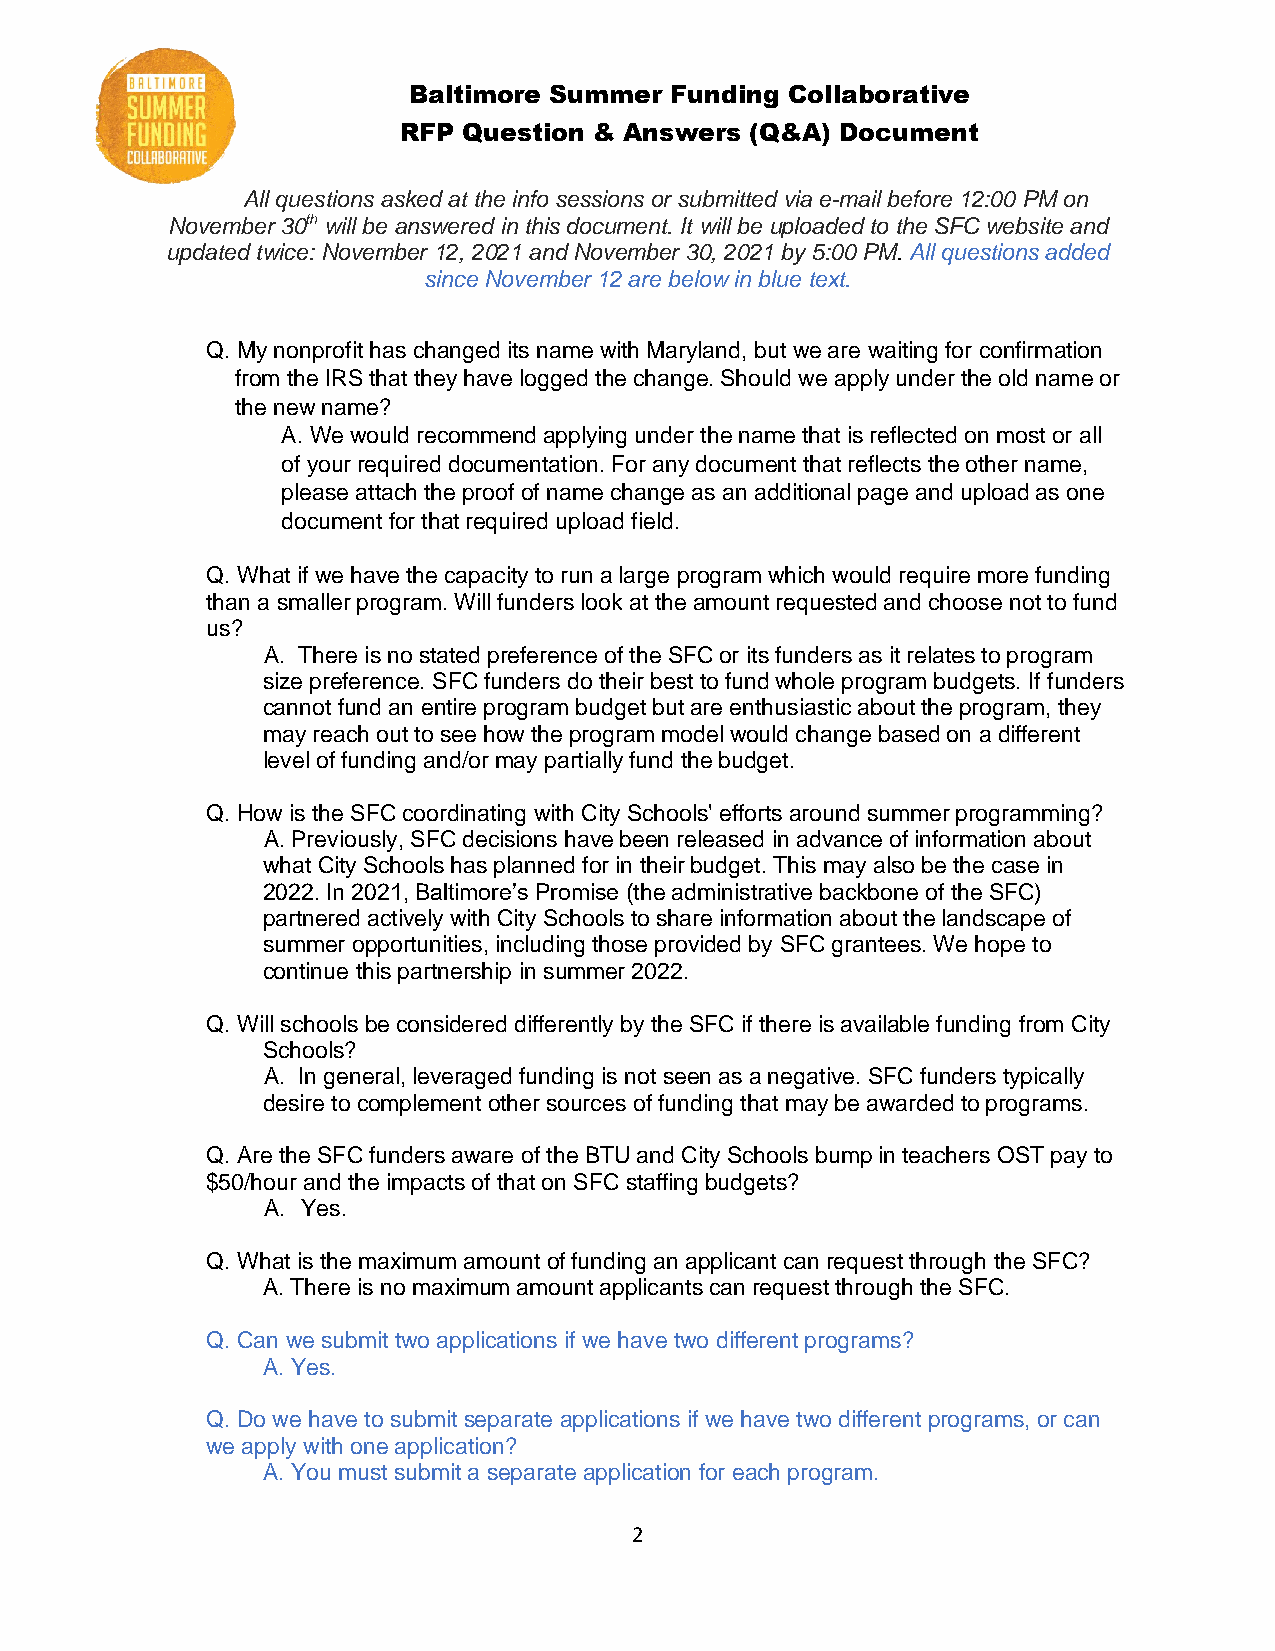
Baltimore Summer Funding Collaborative
 RFP  Question & Answers (Q&A) Document
 All questions asked at the info sessions or submitted via e-mail before 12:00 PM on
 November 30th will be answered in this document. It will be uploaded to the SFC website and
 updated twice: November 12, 2021 and November 30, 2021 by 5:00 PM. All questions added
 since November 12 are below in blue text.
 Q. My nonprofit has changed its name with Maryland, but we are waiting for confirmation
 from the IRS that they have logged the change. Should we apply under the old name or
 the new name?
 A. We would recommend applying under the name that is reflected on most or all
 of your required documentation. For any document that reflects the other name,
 please attach the proof of name change as an additional page and upload as one
 document for that required upload field.
 Q. What if we have the capacity to run a large program which would require more funding
 than a smaller program. Will funders look at the amount requested and choose not to fund
 us?
 A. There is no stated preference of the SFC or its funders as it relates to program
 size preference. SFC funders do their best to fund whole program budgets. If funders
 cannot fund an entire program budget but are enthusiastic about the program, they
 may reach out to see how the program model would change based on a different
 level of funding and/or may partially fund the budget.
 Q. How is the SFC coordinating with City Schools' efforts around summer programming?
 A. Previously, SFC decisions have been released in advance of information about
 what City Schools has planned for in their budget. This may also be the case in
 2022. In 2021, Baltimore’s Promise (the administrative backbone of the SFC)
 partnered actively with City Schools to share information about the landscape of
 summer opportunities, including those provided by SFC grantees. We hope to
 continue this partnership in summer 2022.
 Q. Will schools be considered differently by the SFC if there is available funding from City
 Schools?
 A. In general, leveraged funding is not seen as a negative. SFC funders typically
 desire to complement other sources of funding that may be awarded to programs.
 Q. Are the SFC funders aware of the BTU and City Schools bump in teachers OST pay to
 $50/hour and the impacts of that on SFC staffing budgets?
 A. Yes.
 Q. What is the maximum amount of funding an applicant can request through the SFC?
 A. There is no maximum amount applicants can request through the SFC.
 Q. Can we submit two applications if we have two different programs?
 A. Yes.
 Q. Do we have to submit separate applications if we have two different programs, or can
 we apply with one application?
 A. You must submit a separate application for each program.
 2